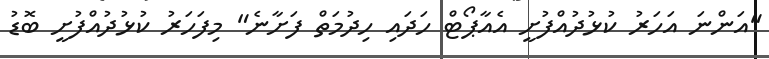
"އަންނަ އަހަރު ކުޅުދުއްފުށީ އެއާޕޯޓް ހަދައި ހިދުމަތް ފަށާނެ" މިފަހަރު ކުޅުދުއްފުށީ ބޮޑު